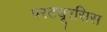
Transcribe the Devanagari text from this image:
परट्यूरसिस